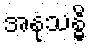
အနုသန္ဓိ